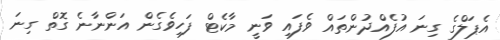
އެޕަލްގެ ގިނަ އުފެއްދުންތައް ވެފައި ވަނީ މާކެޓް ފަހިވެގެން އަންނާނެ ގޮތް ގިނަ